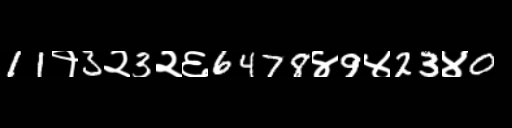
Text: 11१3२3२६6478४9४23४0